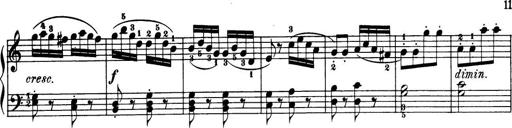
Title: 32 Sonatinas and Rondos for the Piano
Composer: Richard Kleinmichel